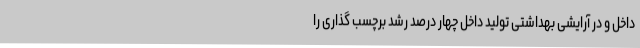
داخل و در آرایشی بهداشتی تولید داخل چهار درصد رشد برچسب‌ گذاری را